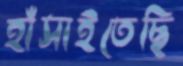
হাঁসাইতেছি